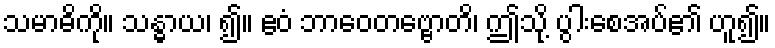
သမာဓိကို။ သန္ဓာယ၊ ၍။ ဧဝံ ဘာဝေတဗ္ဗောတိ၊ ဤသို့ ပွါးစေအပ်၏ ဟူ၍။